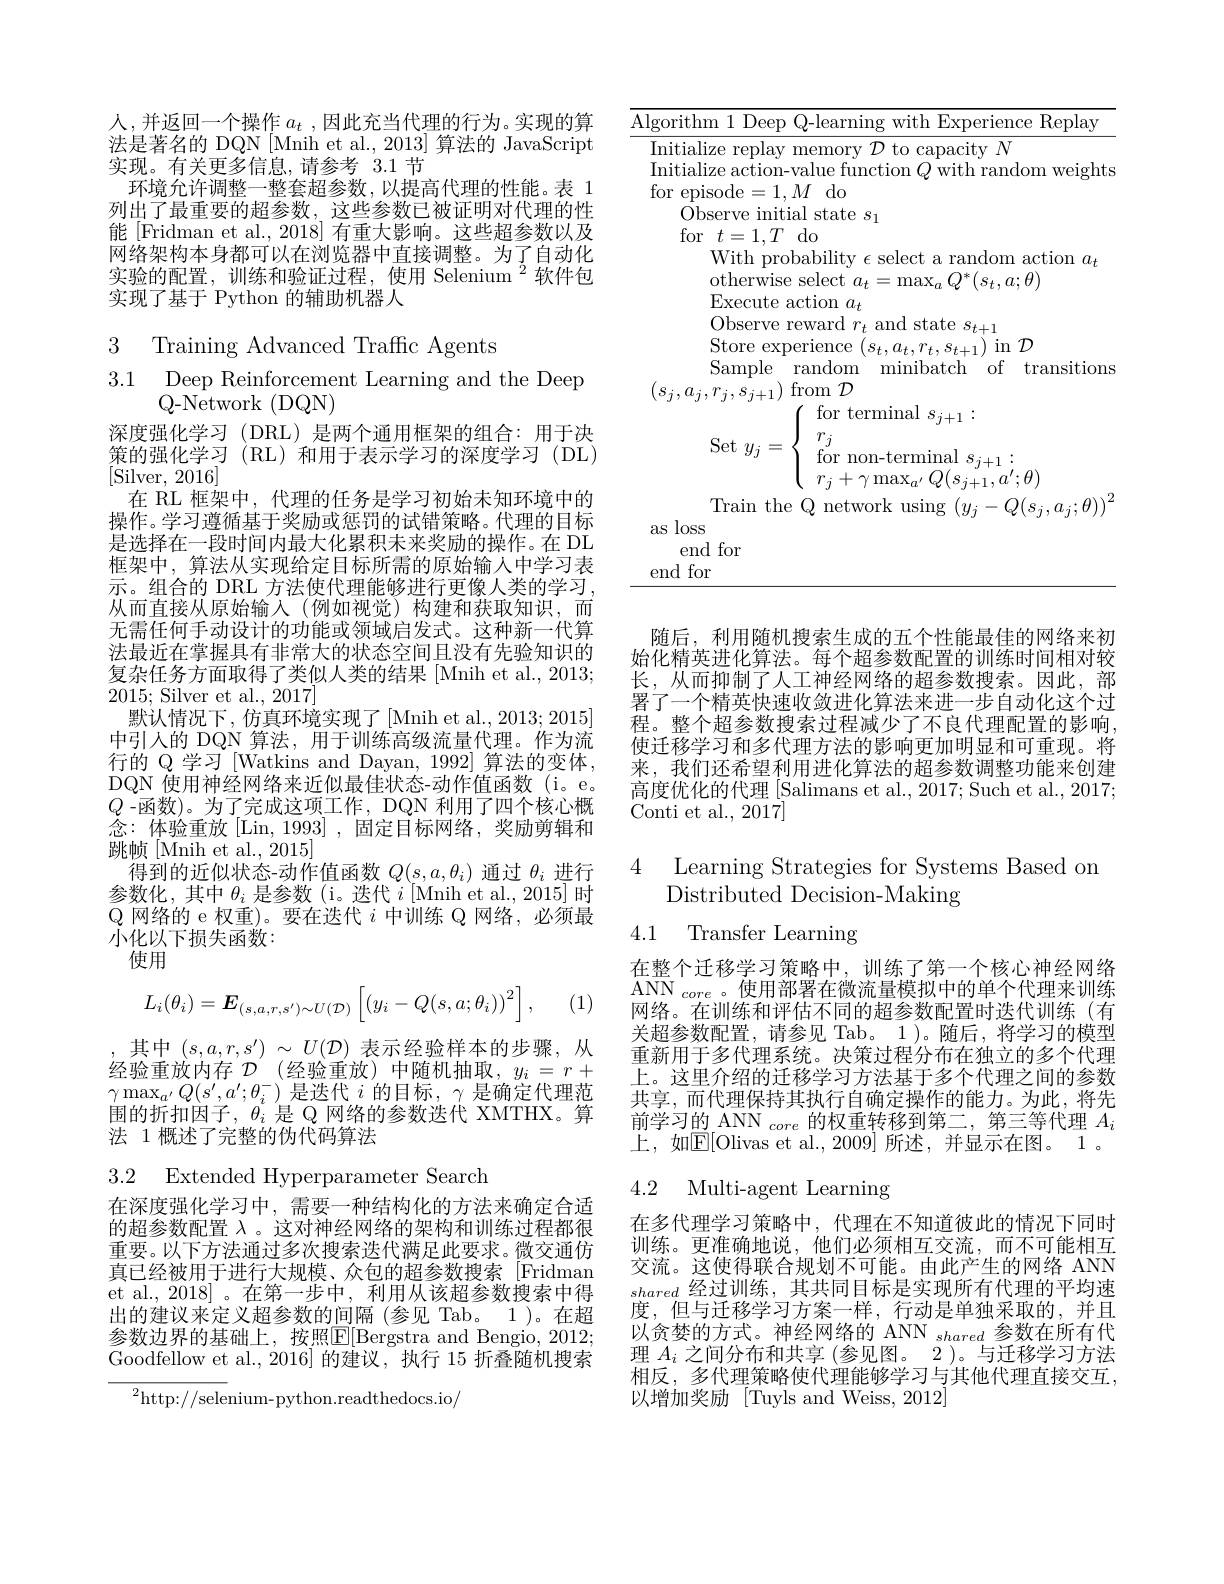
人，并返回一个操作$a_t$ ,因此充当代理的行为。实现的算法是著名的 DQN [Mnih et al., 2013] 算法的 JavaScript 实现。有关更多信息，请参考 3.1 节
环境允许调整一整套超参数，以提高代理的性能。表 1列出了最重要的超参数，这些参数已被证明对代理的性能 [Fridman et al., 2018] 有重大影响。这些超参数以及网络架构本身都可以在浏览器中直接调整。为了自动化实验的配置，训练和验证过程，使用 Selenium $^{2}$软件包实现了基于 Python 的辅助机器人

3 Training Advanced Traffic Agenta
$\begin{array}{ll}3.1&\text{Deep Reinforcement Learning and the Deep}\\&\text{Q-Network (DQN)}\end{array}$

深度强化学习(DRL)是两个通用框架的组合：用于决策的强化学习(RL)和用于表示学习的深度学习(DL) [Silver, 2016]
在 RL 框架中，代理的任务是学习初始未知环境中的操作。学习遵循基于奖励或惩罚的试错策略。代理的目标是选择在一段时间内最大化累积末来奖励的操作。在 DL 框架中，算法从实现给定目标所需的原始输人中学习表示。组合的 DRL 方法使代理能够进行更像人类的学习， 从而直接从原始输入(例如视觉)构建和获取知识，而无需任何手动设计的功能或领域启发式。这种新一代算法最近在掌握具有非常大的状态空间且没有先验知识的复杂任务方面取得了类似人类的结果 [Mnih et al., 2013; 2015; Silver et al.,2017]
默认情况下，仿真环境实现了[Mnih et al., 2013; 2015] 中引人的 DQN 算法，用于训练高级流量代理。作为流行的 Q 学习 [Watkins and Dayan, 1992] 算法的变体， DQN 使用神经网络来近似最佳状态-动作值函数 (i。e。$Q$ -函数)。为了完成这项工作，DQN 利用了四个核心概念：体验重放[Lin,1993],固定目标网络，奖励剪辑和跳帧[Mnih et al., 2015]
得到的近似状态-动作值函数$Q(s,a,\theta_i)$通过$\theta_i$进行参数化，其中$\theta_i$是参数 (i。迭代$i$ [Mnih et al., 2015] 时Q 网络的 e 权重)。要在迭代$i$中训练 Q 网络，必须最小化以下损失函数：
使用
$$L_i(\theta_i)=\boldsymbol{E}_{(s,a,r,s')\sim U(\mathcal{D})}\left[\left(y_i-Q(s,a;\theta_i)\right)^2\right],$$
(1)

$\begin{array}{ll},\text{其中 }(s,a,r,s^{\prime})&\sim U(\mathcal{D})\text{ 表示经验样本的步骤，从}\\\text{经验重放内存 }\mathcal{D}&(\text{经验重放)中随机抽取，}y_i=r+\end{array}$ $\gamma\max_{a^{\prime}}Q(s^{\prime},a^{\prime};\theta_i^{-})$是迭代$i$的目标$,\gamma$是确定代理范围的折扣因子，$\theta_i$是 Q 网络的参数迭代 XMTHX。算法 1概述了完整的伪代码算法

3.2 Extended Hyperparameter Search

在深度强化学习中，需要一种结构化的方法来确定合适的超参数配置$\lambda$ 。这对神经网络的架构和训练过程都很重要。以下方法通过多次搜索迭代满足此要求。微交通仿真已经被用于进行大规模、众包的超参数搜索[Fridman et al., 2018]。在第一步中，利用从该超参数搜索中得出的建议来定义超参数的间隔(参见 Tab。1 )。在超参数边界的基础上，按照$\mathbb{E}[$Bergstra and Bengio, 2012; Goodfellow et al., 2016] 的建议，执行 15 折叠随机搜索

${^{2}\mathrm{http:}//\mathrm{selenium-python.readthedocs.io}/}$

<table>
	<tbody>
		<tr>
			<td>1 111</td>
			<td>rithm 1Deer (0,-)-|ear with Replav $F_{1}\mathbf{X}$ erlence</td>
		</tr>
		<tr>
			<td> </td>
			<td>With probability $\epsilon$ select a random action $a_t$ otherwise select $a_{t}= \operatorname* { max} _{a}Q^{* }( s_{t}, a; \theta )$</td>
		</tr>
		<tr>
			<td> </td>
			<td>$r_{i},s_{i+1})$ from $\mathcal D$ for ter nol</td>
		</tr>
		<tr>
			<td> </td>
			<td>$\operatorname{Set}y_j$ for non-terminal $s_{j+1}:$ $r_{j}$</td>
		</tr>
		<tr>
			<td> </td>
			<td>$\mathbf{V}_{1}$ $J7$ Train the Q network using $( u_{: }- O( s_{: }$ $a_{: }\cdot \theta ) )$</td>
		</tr>
		<tr>
			<td>$\xi$</td>
			<td>loss</td>
		</tr>
		<tr>
			<td> </td>
			<td>end for</td>
		</tr>
		<tr>
			<td>1 大 T</td>
			<td>$r1$ [ for</td>
		</tr>
	</tbody>
</table>

随后，利用随机搜索生成的五个性能最佳的网络来初始化精英进化算法。每个超参数配置的训练时间相对较长，从而抑制了人工神经网络的超参数搜索。因此，部署了一个精英快速收敛进化算法来进一步自动化这个过程。整个超参数搜索过程减少了不良代理配置的影响使迁移学习和多代理方法的影响更加明显和可重现。将来，我们还希望利用进化算法的超参数调整功能来创建高度优化的代理 [Salimans et al., 2017; Such et al., 2017; Conti et al., 2017]

# 4 Learning Strategies for Systems Based on Distributed Decision-Making

4.1

Transfer Learning

在整个迁移学习策略中，训练了第一个核心神经网络ANN $_{core}$。使用部署在微流量模拟中的单个代理来训练网络。在训练和评估不同的超参数配置时迭代训练(有

关超参数配置，请参见 Tab。1)。随后，将学习的模型重新用于多代理系统。决策过程分布在独立的多个代理上。这里介绍的迁移学习方法基于多个代理之间的参数共享，而代理保持其执行自确定操作的能力。为此，将先前学习的 ANN $_core$的权重转移到第二，第三等代理$A_i$ 上，如$\mathbb{E}[$Olivas et al.,2009] 所述，并显示在图。1。

## 4.2 Multi-agent Learning

在多代理学习策略中，代理在不知道彼此的情况下同时训练。更准确地说，他们必须相互交流，而不可能相互交流。这使得联合规划不可能。由此产生的网络 ANN shared经过训练，其共同目标是实现所有代理的平均速度，但与迁移学习方案一样，行动是单独采取的，并且以贪婪的方式。神经网络的 ANN $_{shared}$参数在所有代理$A_i$之间分布和共享 (参见图。2 )。与迁移学习方法相反，多代理策略使代理能够学习与其他代理直接交互， 以增加奖励 [Tuyls and Weiss, 2012]